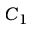
C _ { 1 }